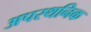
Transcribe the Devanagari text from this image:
अपस्थनिक